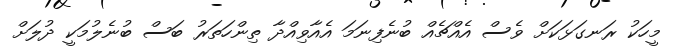
މީހަކު ރަނގަޅަކަށް ވެސް އެއްޗެއް ބުނެފިނަމަ އެއާވިއްދާ ތިންހަތަރު ބަސް ބުނެލުމަކީ ދުލަށް